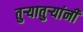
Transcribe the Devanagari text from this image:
तुऱ्यातुऱ्यांनी